Civil Veterinary Department. United Provinces 1912-22 - 1912-1922
Year: 1912
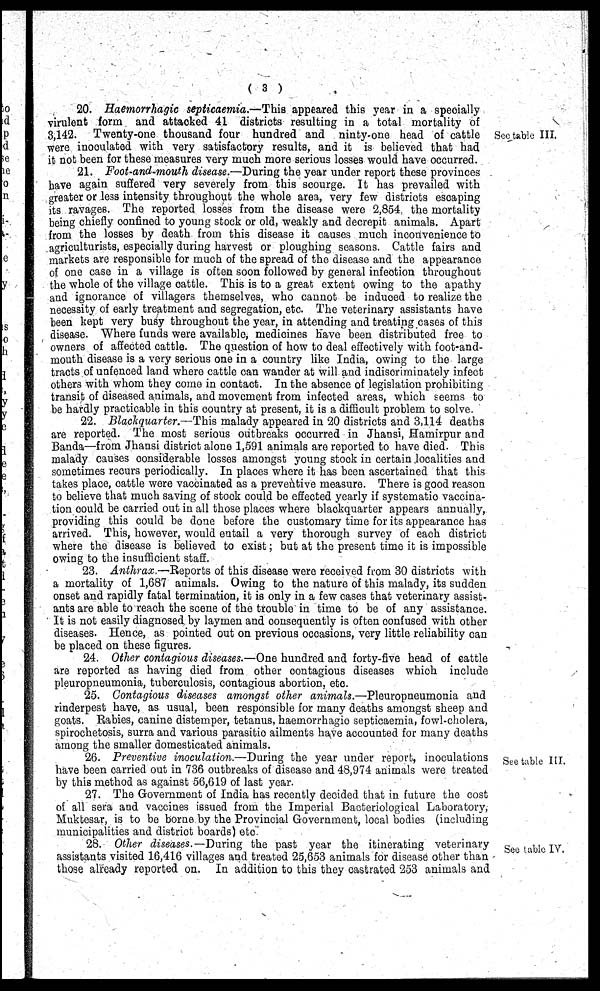
(3)
See table III.
20. Haemorrhagic septicaemia.—This appeared this year in a specially
virulent form and attacked 41 districts resulting in a total mortality of
3,142. Twenty-one thousand four hundred and ninty-one head of cattle
were inoculated with very satisfactory results, and it is believed that had
it not been for these measures very much more serious losses would have occurred.
21. Foot-and-mouth disease.—During the year under report these provinces
have again suffered very severely from this scourge. It has prevailed with
greater or less intensity throughout the whole area, very few districts escaping
its ravages. The reported losses from the disease were 2,854. the mortality
being chiefly confined to young stock or old, weakly and decrepit animals. Apart
from the losses by death from this disease it causes much inconvenience to
agriculturists, especially during harvest or ploughing seasons. Cattle fairs and
markets are responsible for much of the spread of the disease and the appearance
of one case in a village is often soon followed by general infection throughout
the whole of the village cattle. This is to a great extent owing to the apathy
and ignorance of villagers themselves, who cannot be induced to realize the
necessity of early treatment and segregation, etc. The veterinary assistants have
been kept very busy throughout the year, in attending and treating cases of this
disease. Where funds were available, medicines have been distributed free to
owners of affected cattle. The question of how to deal effectively with foot-and-
mouth disease is a very serious one in a country like India, owing to the large
tracts of unfenced land where cattle can wander at will and indiscriminately infect
others with whom they come in contact. In the absence of legislation prohibiting
transit of diseased animals, and movement from infected areas, which seems to
be hardly practicable in this country at present, it is a difficult problem to solve.
22. Blachquarter.—This malady appeared in 20 districts and 3,114 deaths
are reported. The most serious outbreaks occurred in Jhansi, Hamirpur and
Banda—from Jhansi district alone 1,591 animals are reported to have died. This
malady causes considerable losses amongst young stock in certain localities and
sometimes recurs periodically. In places where it has been ascertained that this
takes place, cattle were vaccinated as a preventive measure. There is good reason
to believe that much saving of stock could be effected yearly if systematic vaccina-
tion could be carried out in all those places where blackquarter appears annually,
providing this could be done before the customary time for its appearance has
arrived. This, however, would entail a very thorough survey of each district
where the disease is believed to exist; but at the present time it is impossible
owing to the insufficient staff.
23. Anthrax.—Reports of this disease were received from 30 districts with
a mortality of 1,687 animals. Owing to the nature of this malady, its sudden
onset and rapidly fatal termination, it is only in a few cases that veterinary assist-
ants are able to reach the scene of the trouble in time to be of any assistance.
It is not easily diagnosed by laymen and consequently is often confused with other
diseases. Hence, as pointed out on previous occasions, very little reliability can
be placed on these figures.
24. Other contagious diseases.—One hundred and forty-five head of cattle
are reported as having died from other contagious diseases which include
pleuropneumonia, tuberculosis, contagious abortion, etc.
25. Contagious diseases amongst other animals.—Pleuropneumonia and
rinderpest have, as usual, been responsible for many deaths amongst sheep and
goats. Rabies, canine distemper, tetanus, haemorrhagic septicaemia, fowl-cholera,
spirochetosis, surra and various parasitic ailments have accounted for many deaths
among the smaller domesticated animals.
See table III.
26. Preventive inoculation.—During the year under report, inoculations
have been carried out in 736 outbreaks of disease and 48,974 animals were treated
by this method as against 56,619 of last year.
27. The Government of India has recently decided that in future the cost
of all sera and vaccines issued from the Imperial Bacteriological Laboratory,
Muktesar, is to be borne by the Provincial Government, local bodies (including
municipalities and district boards) etc
See table IV.
28. Other diseases.— During the past year the itinerating veterinary
assistants visited 16,416 villages and treated 25,653 animals for disease other than
those already reported on. In addition to this they castrated 253 animals and